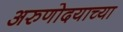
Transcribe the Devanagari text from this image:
अरुणोदयाच्या